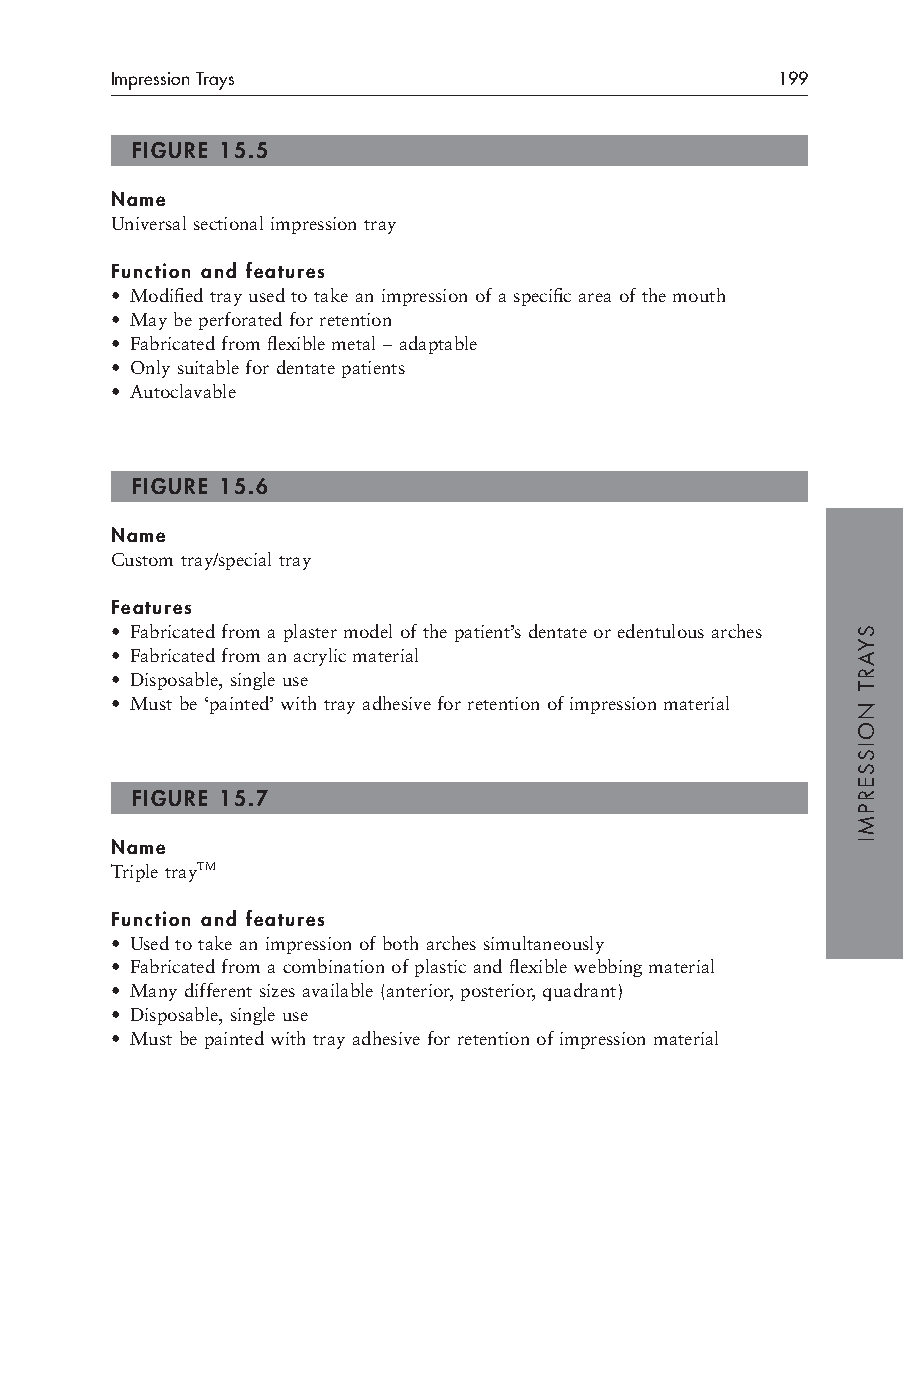
Impression Trays                            199
 FIGURE 15.5
 Name
 Universal sectional impression tray
 Function and features
 • Modified tray used to take an impression of a specific area of the mouth
 • May be perforated for retention
 • Fabricated from flexible metal – adaptable
 • Only suitable for dentate patients
 • Autoclavable
 FIGURE 15.6
 Name
 Custom tray/special tray
 Features
 • Fabricated from a plaster model of the patient’s dentate or edentulous arches
 • Fabricated from an acrylic material
 • Disposable, single use
 • Must be ‘painted’ with tray adhesive for retention of impression material
 FIGURE 15.7
 Name
 Triple trayTM
 Function and features
 • Used to take an impression of both arches simultaneously
 • Fabricated from a combination of plastic and flexible webbing material
 • Many different sizes available (anterior, posterior, quadrant)
 • Disposable, single use
 • Must be painted with tray adhesive for retention of impression material
 SYART
 NOISSERPMI